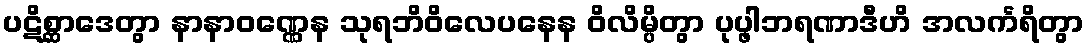
ပဋိစ္ဆာဒေတွာ နာနာဝဏ္ဏေန သုရဘိဝိလေပနေန ဝိလိမ္ပိတွာ ပုပ္ဖါဘရဏာဒီဟိ အလင်္ကရိတွာ